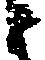
と